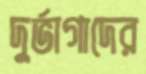
দুর্ভাগাদের